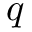
{ \boldsymbol { q } }